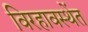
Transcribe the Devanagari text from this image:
विरहावस्थेंत